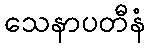
သေနာပတီနံ